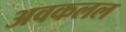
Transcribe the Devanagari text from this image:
अवकलल